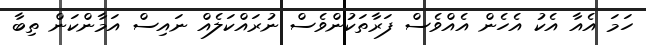
ހަމަ އެއާ އެކު އެހެން އެއްވެސް ފަރާތަކުންވެސް ނުރައްކަލެއް ނައިސް އަމާންކަން ތިބާ